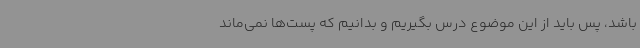
باشد، پس باید از این موضوع درس بگیریم و بدانیم که پست‌ها نمی‌ماند